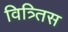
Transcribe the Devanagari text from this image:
वित्र्तिस